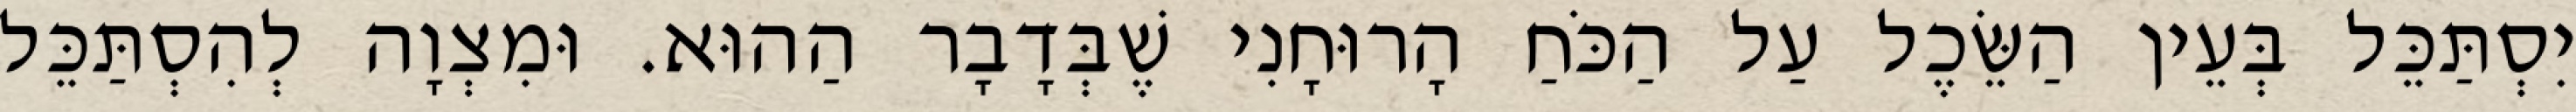
יִסְתַּכֵּל בְּעֵין הַשֵּׂכֶל עַל הַכֹּחַ הָרוּחָנִי שֶׁבְּדָבָר הַהוּא. וּמִצְוָה לְהִסְתַּכֵּל